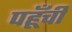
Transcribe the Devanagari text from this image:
पहूँची